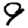
Digit: 9